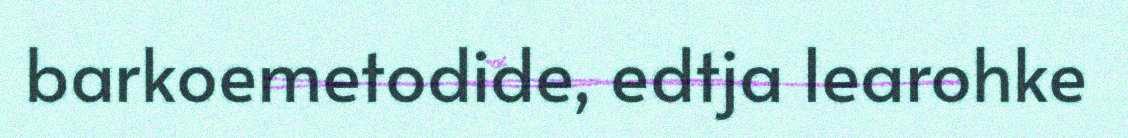
barkoemetodide, edtja learohke